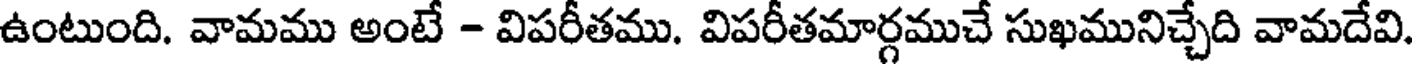
ఉంటుంది. వామము అంటే - విపరీతము. విపరీతమార్గముచే సుఖమునిచ్చేది వామదేవి